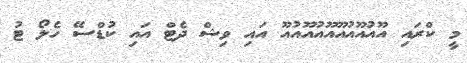
މީ ކްރައި އޫއުއޫއުއޫއޫއުއޫއުއޫ އައި ވިޝް ދެޓް އައި ކުޑްސޭ ހެލޯ ޓު